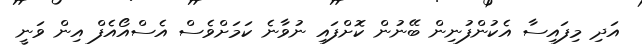
އަދި މިފައިސާ އެކުންފުނިން ބޭނުން ކޮށްފައި ނުވާނެ ކަމަށްވެސް އެސްއޯއެފް އިން ވަނީ